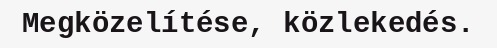
Megközelítése, közlekedés.